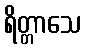
ရိတ္တာသေ